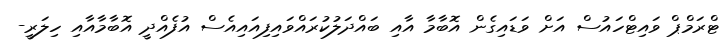
ޓްރަމްޕް ވައިޓްހައުސް އަށް ވަޑައިގެން އޮބާމާ އާއި ބައްދަލުކުރައްވައިފިއައިއެސް އުފެއްދީ އޮބާމާއާއި ހިލަރީ-